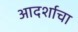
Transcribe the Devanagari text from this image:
आदर्शाचा